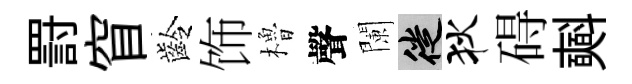
罸窅齡饰櫓聲闌徙狄碍𣂏